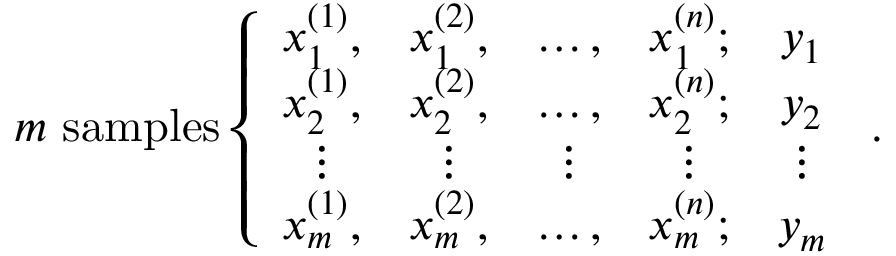
m \ \mathrm { s a m p l e s } \left\{ \begin{array} { c c c c c } { x _ { 1 } ^ { ( 1 ) } , } & { x _ { 1 } ^ { ( 2 ) } , } & { \ldots , } & { x _ { 1 } ^ { ( n ) } ; } & { y _ { 1 } } \\ { x _ { 2 } ^ { ( 1 ) } , } & { x _ { 2 } ^ { ( 2 ) } , } & { \ldots , } & { x _ { 2 } ^ { ( n ) } ; } & { y _ { 2 } } \\ { \vdots } & { \vdots } & { \vdots } & { \vdots } & { \vdots } \\ { x _ { m } ^ { ( 1 ) } , } & { x _ { m } ^ { ( 2 ) } , } & { \ldots , } & { x _ { m } ^ { ( n ) } ; } & { y _ { m } } \end{array} \right. \, .